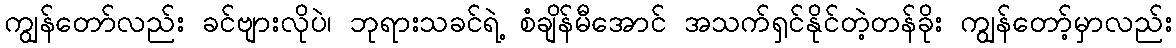
ကျွန်တော်လည်း ခင်ဗျားလိုပဲ၊ ဘုရားသခင်ရဲ့ စံချိန်မီအောင် အသက်ရှင်နိုင်တဲ့တန်ခိုး ကျွန်တော့်မှာလည်း